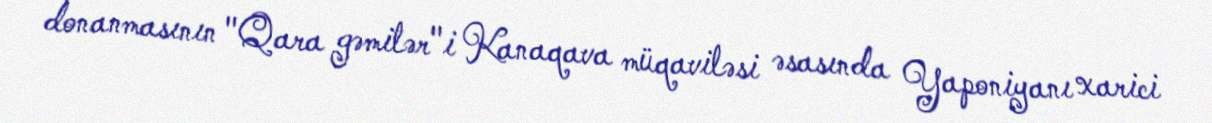
donanmasının "Qara gəmilər"i Kanaqava müqaviləsi əsasında Yaponiyanı xarici